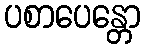
ပစာပေန္တော